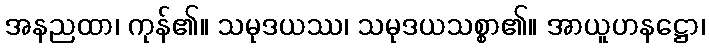
အနညထာ၊ ကုန်၏။ သမုဒယဿ၊ သမုဒယသစ္စာ၏။ အာယူဟနဋ္ဌော၊